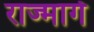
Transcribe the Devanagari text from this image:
राज्मार्ग